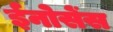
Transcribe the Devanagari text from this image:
ईनोसेंस